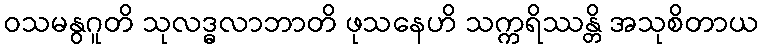
ဝသမနွဂူတိ သုလဒ္ဓလာဘာတိ ဖုသနေဟိ သက္ကရိဿန္တိ အသုစိတာယ